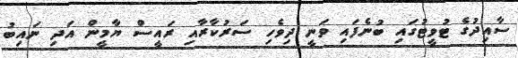
ސާއިދުގެ ޓުވީޓުގައި ބުނެފައި ވަނީ ދިވެހި ސަރުކާރާއި ރައީސް ޔާމީން އަދި ނައިބު